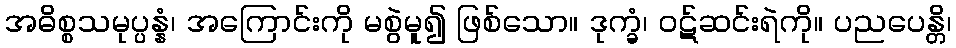
အဓိစ္စသမုပ္ပန္နံ၊ အကြောင်းကို မစွဲမူ၍ ဖြစ်သော။ ဒုက္ခံ၊ ဝဋ်ဆင်းရဲကို။ ပညပေန္တိ၊